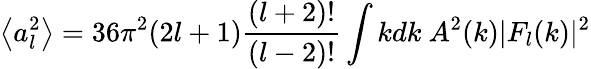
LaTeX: \left\langle a_{l}^{2}\right\rangle=36\pi^{2}(2l+1){\frac{(l+2)!}{(l-2)!}}\int kdk\ A^{2}(k)|F_{l}(k)|^{2}